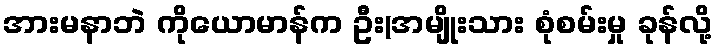
အားမနာဘဲ ကိုယောမာန်က ဦး(အမျိုးသား စုံစမ်းမှု ခုန်လို့